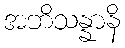
အဘိသန္နာနိ